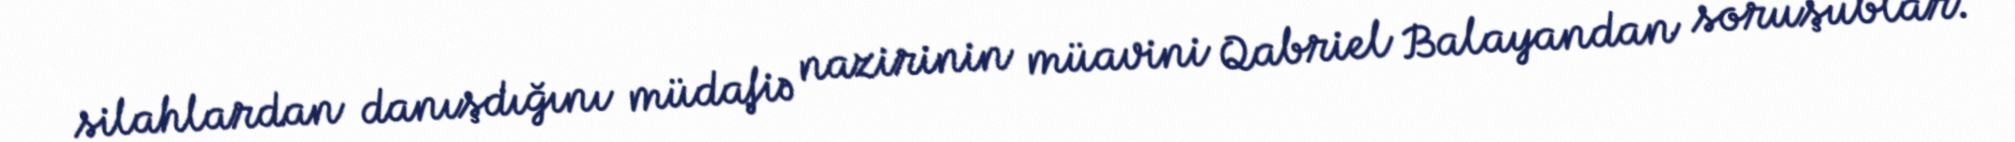
silahlardan danışdığını müdafiə nazirinin müavini Qabriel Balayandan soruşublar.